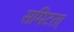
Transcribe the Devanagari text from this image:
समिटता्